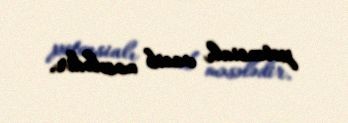
potensialı vacib məsələdir.